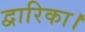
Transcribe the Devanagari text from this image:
द्वारिका।